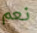
نعم